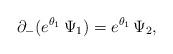
LaTeX: \begin{align*}\partial _-(e^{\theta _1}\,\Psi _1)=e^{\theta _1}\,\Psi _2,\end{align*}